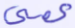
عمي